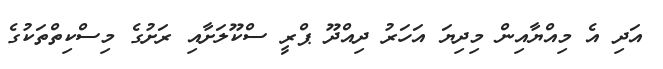
އަދި އެ މިއްޔާއިން މިދިޔަ އަހަރު ދިއްދޫ ޕްރީ ސްކޫލަށާއި ރަށުގެ މިސްކިތްތަކުގެ